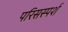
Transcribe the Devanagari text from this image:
परिसस्पर्श